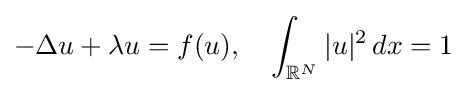
-\Delta u+\lambda u=f(u),\quad \int _{\mathbb {R} ^{N}}|u|^{2}\,dx=1